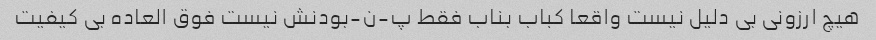
هیچ ارزونی بی دلیل نیست واقعا کباب بناب فقط پ-ن-بودنش نیست فوق العاده بی کیفیت